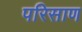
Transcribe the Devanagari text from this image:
परिसाण